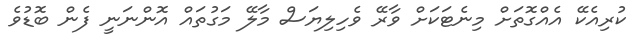
ކުރިއެކޭ އެއްގޮތަށް މިނެޓަކަށް ވާރޭ ވެހިލިޔަސް މާލޭ މަގުތައް އޮންނަނީ ފެން ބޮޑުވެ